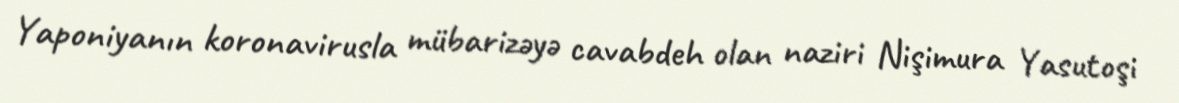
Yaponiyanın koronavirusla mübarizəyə cavabdeh olan naziri Nişimura Yasutoşi